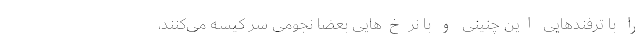
را با ترفند‌هایی این چنینی و با نرخ‌هایی بعضا نجومی سر کیسه می‌کنند،